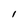
Character: 1